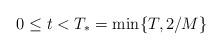
LaTeX: \begin{align*}0 \leq t < T_* = \min\{ T, 2/M \}\end{align*}